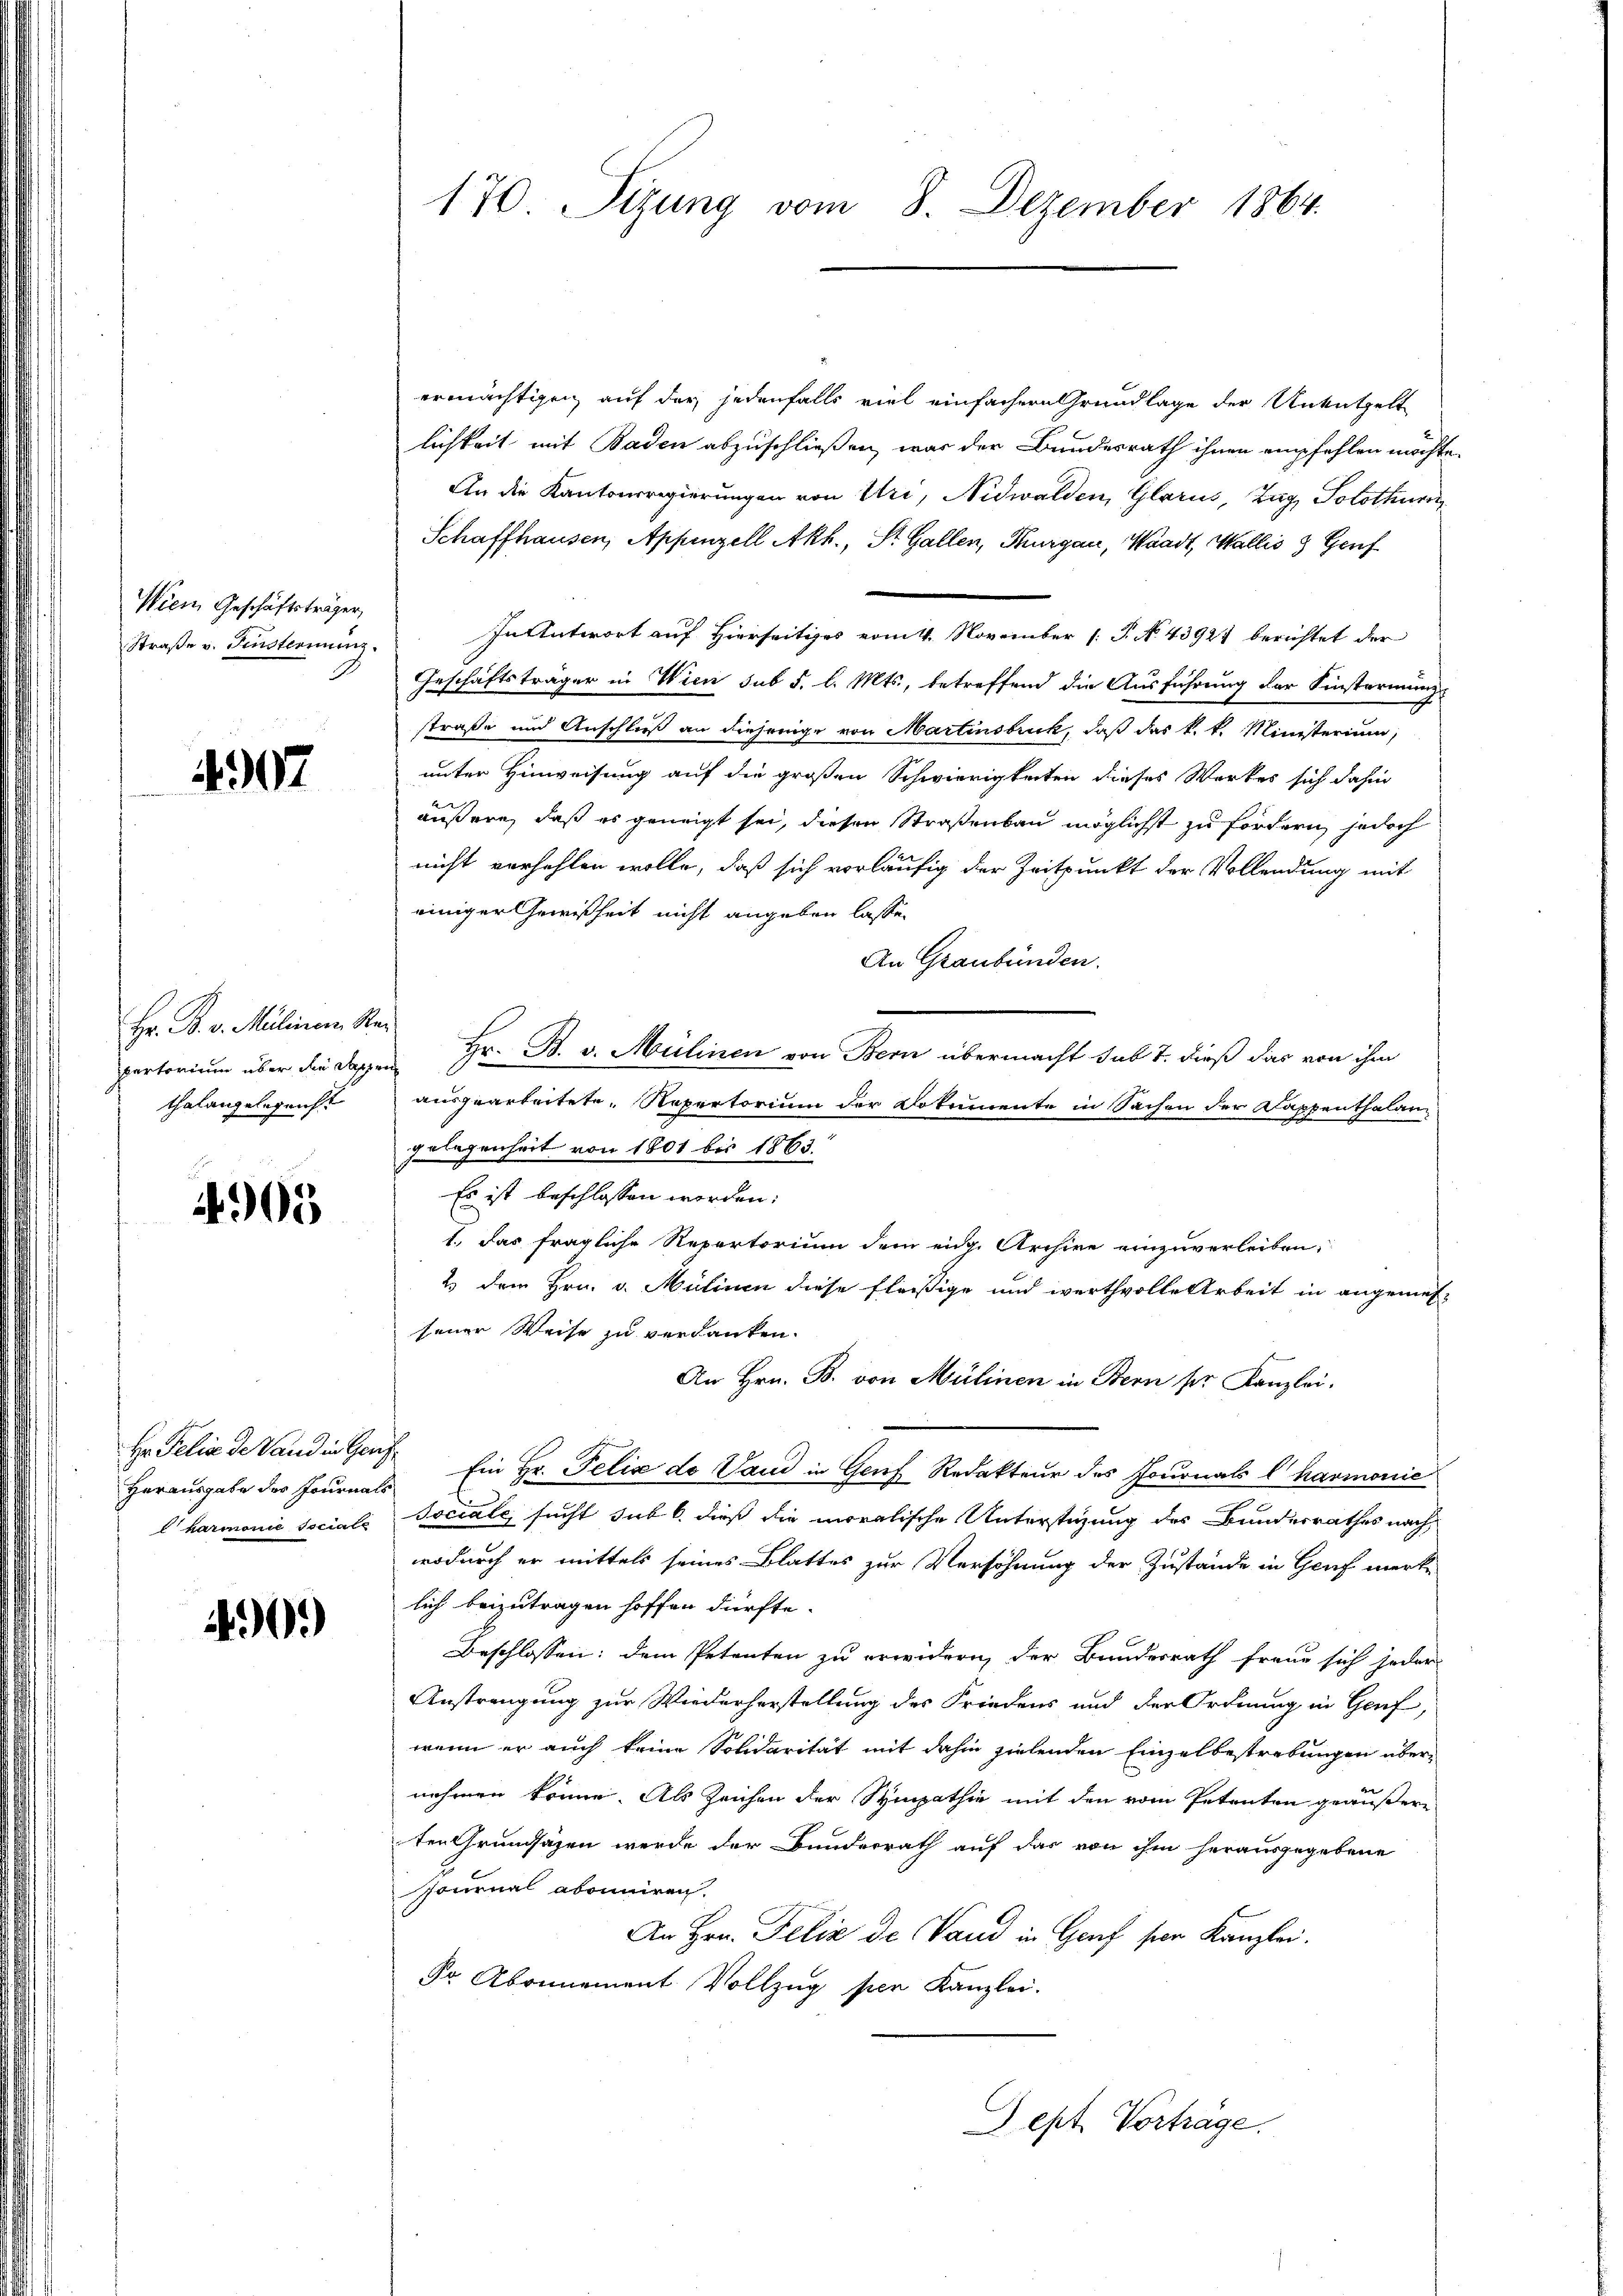
Wien Geschäftsträger,
Straße v. Fensternung.

4907

Hr. B. v. Mülinen Repertorium über die Sappen
thalangelegeicht

u
905

Hr. Felix de Land in Ganz
Herausgabe des Journals
harmonie sociale

490)

170. Sizung vom 8. Dezember 1864.

ermächtigen, auf der jedenfalls viel einfachern Grundlage der Untützelt
lichkeit mit Baden abzuschließen, war der Bundesrath ihnen empfehlen möchte.
An die Kantonsregierungen von Uri, Nidwalden, Glarus, Tag, Solothurn
Schaffhausen, Appenzell Akt., St. Gallen, Thurgau, Waadt, Wallis 3 Genf
In Antwort auf Hierseitiges vom 4. November [P. No. 43921 berichtet der
Geschäftsträger in Wien sub 5. l. Mts., betreffend die Ausführung der Finstermang
straße und Anschließ an diejenige von Martinsbruck, daß das k. k. Ministerium
unter Hinweisung auf die großen Schwierigkeiten dieses Werkes sich dahin
äußere, daß es geneigt sei, diesen Straßenbau möglichst zu fordern, jedoch
nicht verhehlen wolle, daß sich vorläufig der Zeitpunkt der Vollendung mit
einiger Gewißheit nicht angeben lasse.
An Graubünden.
Hr. B. v. Mülinen von Bern übermacht sub 7. dieß das von ihm
ausgearbeitete Repertorium der Dokumente in Sachen der Kappenthalangelegenheit von 1801 bis 1863.
Es ist beschlossen werden:
1. Das fragliche Repertorium dem eige Archive einzuverleiben,
2 dem Hrn. v. Mülinen diese Fleißige und werthvolle Arbeit in angemes-
sener Weise zu verdanken.
An Hrn. B. von Mülinen in Bern ser Kanzlei.
Ein Hr. Felix de Vaud in Genf Redakteur des Journals Charmonie
Sociale sucht sub 6. dieß die moralische Unterstüzung des Bunderrathes nach
wodurch er mittels seines Blattes zur Versöhnung der Zustände in Genf merke
lich beizutragen hoffen dürfte.
Beschlossen: dem Petenten zu erwidern, der Bundesrath freue sich jeder
Anstrengung zur Wiederherstellung des Friedens und der Ordnung in Genf,
wenn er auch keine Solidarität mit dahin zielenden Einzelbestrebungen über-
nehmen könne. Als Zeichen der Sympathie mit den vom Petenten geäußere
ten Grundsäzen werde der Bunderrath auf das von ihm herausgegebene
Journal abonniren.
An Hrn. Felix de Sand in Graf sein Kanzlei.
Fr Abonnement Vollzug per Kanzlei.

Gept Vortrage.